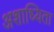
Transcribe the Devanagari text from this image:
अशाध्यिता